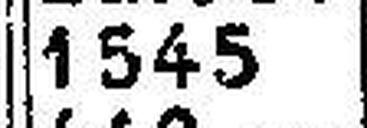
1545